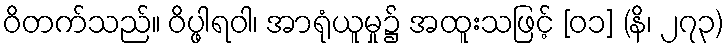
ဝိတက်သည်။ ဝိပ္ဖါရဝါ၊ အာရုံယူမှု၌ အထူးသဖြင့် [၀၁] (နိ၊ ၂၇၃)